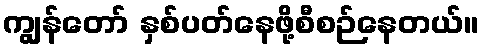
ကျွန်တော် နှစ်ပတ်နေဖို့စီစဉ်နေတယ်။